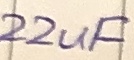
Text: 22uF